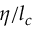
{ \eta } / { { { l } _ { c } } }